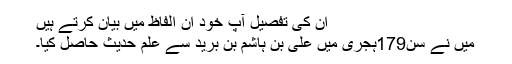
ان کی تفصیل آپ خود ان الفاظ میں بیان کرتے ہیں
میں نے سن179ہجری میں علی بن ہاشم بن برید سے علمِ حدیث حاصل کیا۔